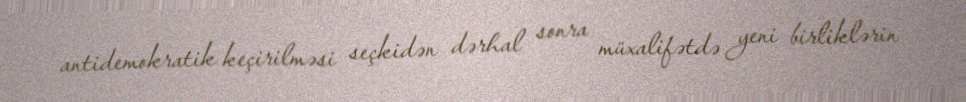
antidemokratik keçirilməsi seçkidən dərhal sonra müxalifətdə yeni birliklərin